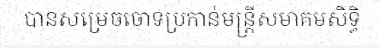
បានសម្រេចចោទប្រកាន់មន្ត្រីសមាគមសិទ្ធិ